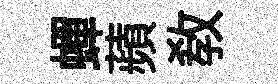
蟬蘋敎